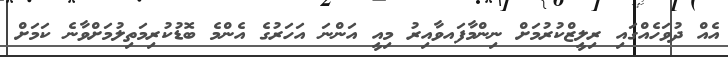
އެއް ދުވަހެއްގައި ރިލީޒްކުރުމަށް ނިންމާފައވާއިރު މިއީ އަންނަ އަހަރުގެ އެންމެ ބޮޑުކުރިމަތިލުމަށްވާނެ ކަމަށް